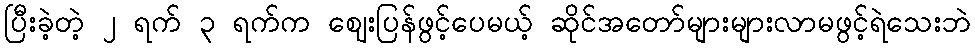
ပြီးခဲ့တဲ့ ၂ ရက် ၃ ရက်က ဈေးပြန်ဖွင့်ပေမယ့် ဆိုင်အတော်များများလာမဖွင့်ရဲသေးဘဲ